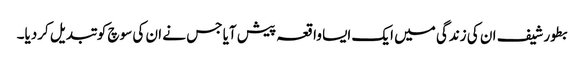
بطور شیف ان کی زندگی میں ایک ایسا واقعہ پیش آیا جس نے ان کی سوچ کو تبدیل کردیا۔